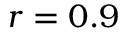
r = 0 . 9